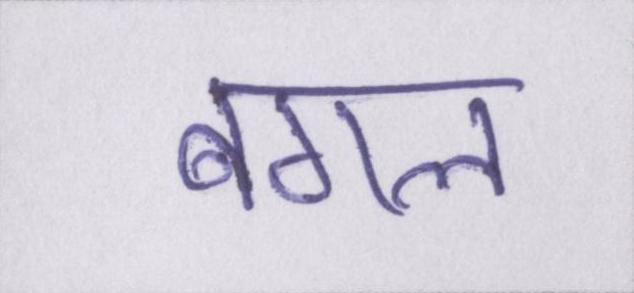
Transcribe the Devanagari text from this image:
बगल